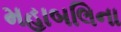
મહાબલિના